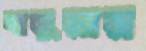
বাড়ুয়ার